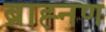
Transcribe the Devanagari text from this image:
ब्राह्नण